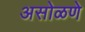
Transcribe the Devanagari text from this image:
असोळणे